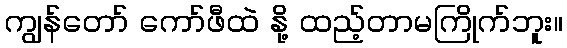
ကျွန်တော် ကော်ဖီထဲ နို့ ထည့်တာမကြိုက်ဘူး။